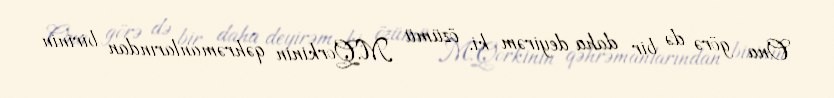
Ona görə də bir daha deyirəm ki, özümü M.Qorkinin qəhrəmanlarından birinin